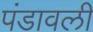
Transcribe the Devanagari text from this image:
पंडावली